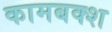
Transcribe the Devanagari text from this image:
कामबक्श